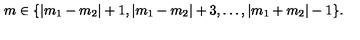
m \in \{ | m _ { 1 } - m _ { 2 } | + 1 , | m _ { 1 } - m _ { 2 } | + 3 , \ldots , | m _ { 1 } + m _ { 2 } | - 1 \} .